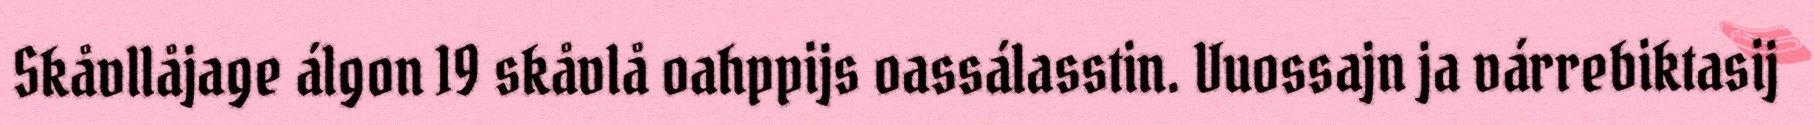
Skåvllåjage álgon 19 skåvlå oahppijs oassálasstin. Vuossajn ja várrebiktasij